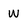
Character: w